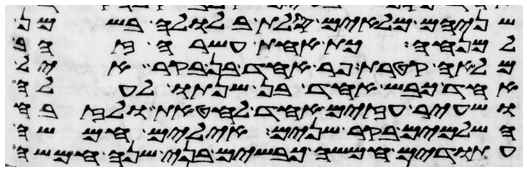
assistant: שניהם מלאים סלת בלולה בשמן
למנחה כף אחת עשרה זהב
מלאה קטרת פר אחד בן בקר איל
אחד כבש אחד בן שנתו לעלה
ושעיר עזים אחד לחטאת ולזבח
השלמים בקר שנים אילים חמשה
עתודים חמשה כבשים בני שנה חמשה